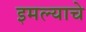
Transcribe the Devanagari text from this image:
इमल्याचे